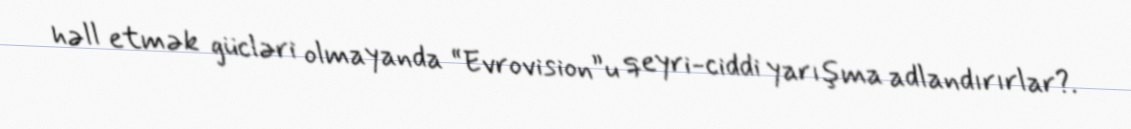
həll etmək gücləri olmayanda “Evrovision”u qeyri-ciddi yarışma adlandırırlar?.